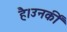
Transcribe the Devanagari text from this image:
है।उनकीं